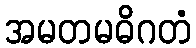
အမတမဓိဂတံ